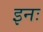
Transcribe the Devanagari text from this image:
इनः